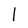
Character: l